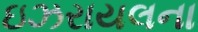
ઇઝરાયલના